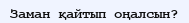
Заман қайтып оңалсын?